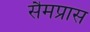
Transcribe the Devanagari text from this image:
सैमप्रास